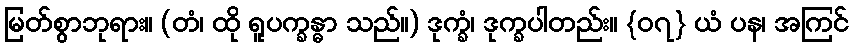
မြတ်စွာဘုရား။ (တံ၊ ထို ရူပက္ခန္ဓာ သည်။) ဒုက္ခံ၊ ဒုက္ခပါတည်း။ {၀၇} ယံ ပန၊ အကြင်